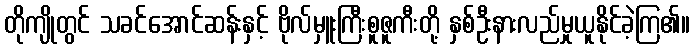
တိုကျိုတွင် သခင်အောင်ဆန်းနှင့် ဗိုလ်မှူးကြီးစူဇူကီးတို့ နှစ်ဦးနားလည်မှုယူနိုင်ခဲ့ကြ၏။